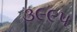
૩૯૯૫